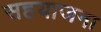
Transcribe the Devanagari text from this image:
सहयाजना